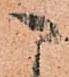
こ